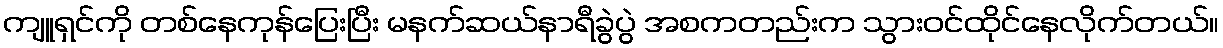
ကျူရှင်ကို တစ်နေကုန်ပြေးပြီး မနက်ဆယ်နာရီခွဲပွဲ အစကတည်းက သွားဝင်ထိုင်နေလိုက်တယ်။